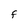
Character: f